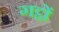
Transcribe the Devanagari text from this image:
गट्ठों